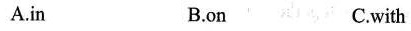
A.in B.on C.with